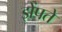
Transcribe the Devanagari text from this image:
झेंपते